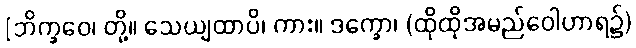
[ဘိက္ခဝေ၊ တို့။ သေယျထာပိ၊ ကား။ ဒက္ခော၊ (ထိုထိုအမည်ဝေါဟာရ၌)